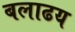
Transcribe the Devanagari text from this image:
बलाढय